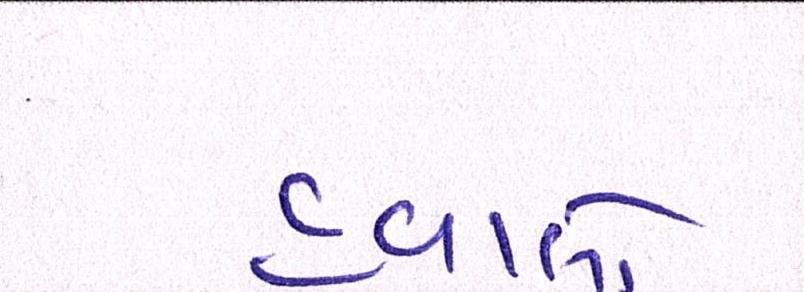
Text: હવાલો